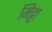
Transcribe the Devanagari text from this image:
मिट्टा